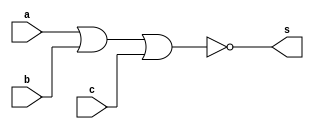
// Giselle caroline Vieira
// Matricula; 424649

module exercicioNOR (s,a,b,c);

output s;
input a,b,c;

assign s = ~(a|b|c);
endmodule // fim NOR

module testenor;
reg a,b,c;
wire s;

exercicioNOR NOR1 (s,a,b,c);
initial begin:start

a=0;b=0;c=0;
end

initial begin:main
$display ("Exercicio 02");
$display ("Teste NOR");
$display ("~(a|b|c) = s\n");

#1$display ("%b | %b | %b= %b\n", a,b,c,s);
#1 a=0; b=0; c=1;

#1$display ("%b | %b | %b= %b\n", a,b,c,s);
#1 a=0; b=1; c=0;

#1$display ("%b | %b | %b= %b\n", a,b,c,s);
#1 a=0; b=1; c=1;

#1$display ("%b | %b | %b= %b\n", a,b,c,s);
#1 a=1; b=1; c=1;

#1$display ("%b | %b | %b= %b\n", a,b,c,s);
#1 a=1; b=0; c=0;

#1$display ("%b | %b | %b= %b\n", a,b,c,s);
#1 a=1; b=0; c=1;

#1$display ("%b | %b | %b= %b\n", a,b,c,s);
#1 a=1; b=1; c=0;

#1$display ("%b | %b | %b= %b\n", a,b,c,s);

end
endmodule